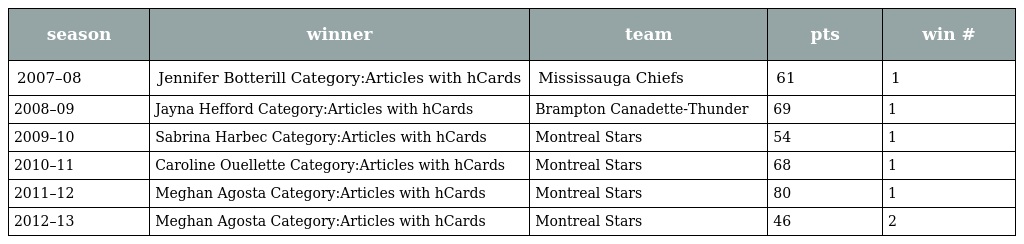
| season | winner | team | pts | win # |
 | --- | --- | --- | --- | --- |
 | 2007–08 | Jennifer Botterill Category:Articles with hCards | Mississauga Chiefs | 61 | 1 |
 | 2008–09 | Jayna Hefford Category:Articles with hCards | Brampton Canadette-Thunder | 69 | 1 |
 | 2009–10 | Sabrina Harbec Category:Articles with hCards | Montreal Stars | 54 | 1 |
 | 2010–11 | Caroline Ouellette Category:Articles with hCards | Montreal Stars | 68 | 1 |
 | 2011–12 | Meghan Agosta Category:Articles with hCards | Montreal Stars | 80 | 1 |
 | 2012–13 | Meghan Agosta Category:Articles with hCards | Montreal Stars | 46 | 2 |